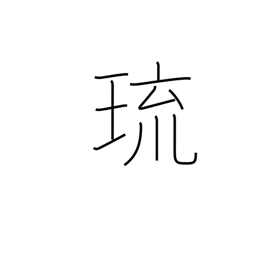
Meaning: gem